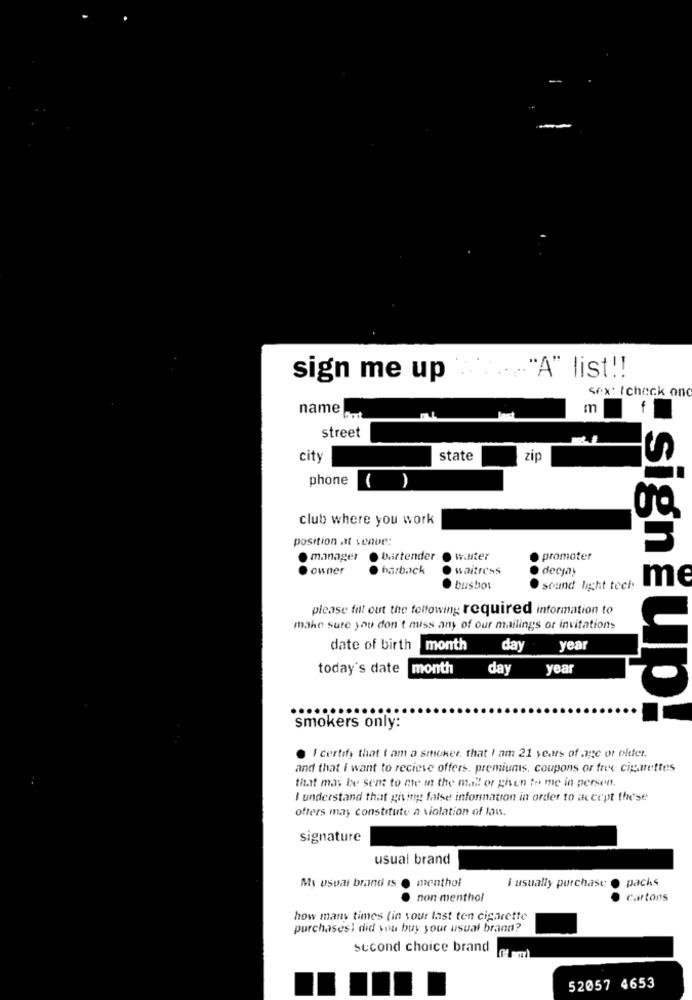
sign me up
.. "A" list !!
Sex: I check ond
name
m
f
street
city
state
zip
phone
( )
club where you work
position att venue:
manager
· bartender
water
promoter
owner
harback
waitress
O decjay
me
busbot
sound light tech
please fill out the following required information to
make sure you don't miss any of our mailings or invitations
date of birth
month
day
year
today's date
month
day
year
smokers only:
: signĚup!
I certify that I am a smoker. that I am 21 years of age or older.
and that I want to recieve offers, premiunis, coupons or free cigarettes
that may be sem to me in the mall or phen to me in person.
I understand that giving false information in order to accept these
offers may constitute a violation of law.
signature
usual brand
My usual brand Is
menthol
pachs
I usually purchase
non menthol
Cartons
how many times (in your last ten cigarette
purchasesi did you buy your usual brand?
second choice brand
52057 4653